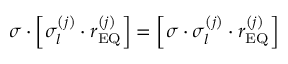
\sigma \cdot \left[ \sigma _ { l } ^ { \left( j \right) } \cdot r _ { \mathrm { E Q } } ^ { \left( j \right) } \right] = \left[ \sigma \cdot \sigma _ { l } ^ { \left( j \right) } \cdot r _ { \mathrm { E Q } } ^ { \left( j \right) } \right]